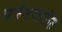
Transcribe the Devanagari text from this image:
पर्वतमालेत